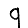
Digit: 9